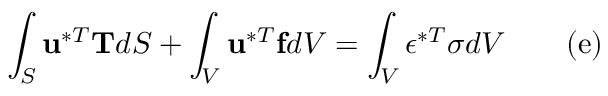
\int _ { S } \mathbf { u } ^ { * T } \mathbf { T } d S + \int _ { V } \mathbf { u } ^ { * T } \mathbf { f } d V = \int _ { V } { \boldsymbol { \epsilon } } ^ { * T } { \boldsymbol { \sigma } } d V \qquad \mathrm { ( e ) }